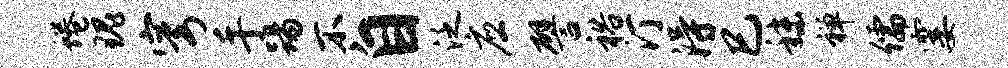
蜷瑰穹手踢不自泛应譬裕汀得巳秣禅儒霎